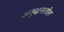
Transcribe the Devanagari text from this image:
अनुदानातील